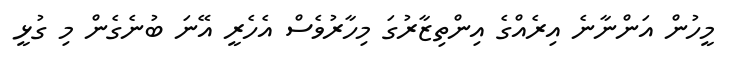
މީހުން އަންނާނެ އިރެއްގެ އިންތިޒާރުގަ މިހާރުވެސް އެހެރީ އޭނަ ބުނެގެން މި ގުޅީ